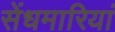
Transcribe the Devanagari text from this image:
सेंधमारियां